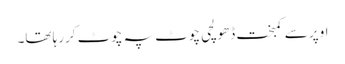
اوپر سے کمبخت ڈھولچی چوٹ پہ چوٹ کررہا تھا۔